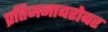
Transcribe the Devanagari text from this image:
प्रतिजनाबरोबर